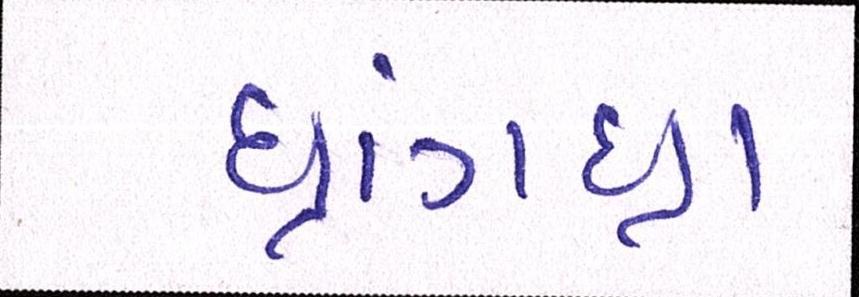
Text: ધ્રાંગધ્રા